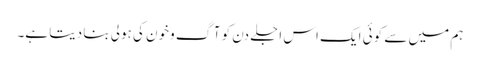
ہم میں سے کوئی ایک اس اجلے دن کو آگ وخون کی ہولی بنا دیتا ہے۔